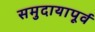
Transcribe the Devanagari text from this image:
समुदायापूर्व